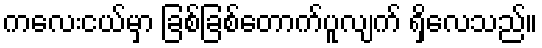
ကလေးငယ်မှာ ခြစ်ခြစ်တောက်ပူလျက် ရှိလေသည်။